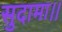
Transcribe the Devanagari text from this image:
सुदामा।।